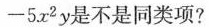
-5x^{2}y是不是同类项?